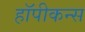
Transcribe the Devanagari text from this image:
हॉपीकन्स